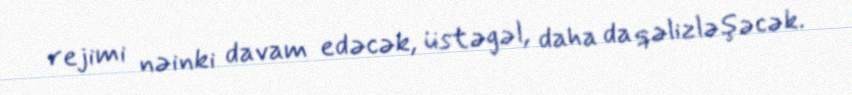
rejimi nəinki davam edəcək, üstəgəl, daha da qəlizləşəcək.